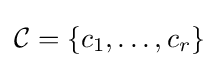
{\mathcal {C}}=\{c_{1},\ldots ,c_{r}\}